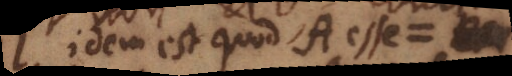
idem est quod A esse =